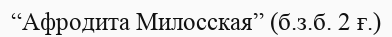
“Афродита Милосская” (б.з.б. 2 ғ.)